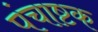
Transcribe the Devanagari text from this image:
पंचाष्टक